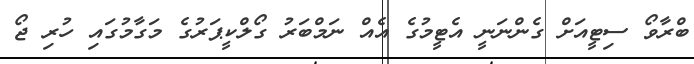
ބްރާވޯ ސިޓީއަށް ގެންނަނީ އެޓީމުގެ އެއް ނަމްބަރު ގޯލްކީޕަރުގެ މަގާމުގައި ހުރި ޖޯ